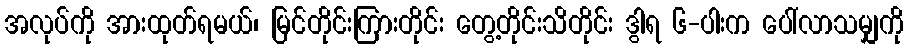
အလုပ်ကို အားထုတ်ရမယ်၊ မြင်တိုင်းကြားတိုင်း တွေ့တိုင်းသိတိုင်း ဒွါရ ၆-ပါးက ပေါ်လာသမျှကို